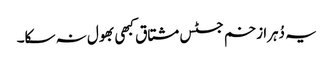
یہ دُہرا زخم جسٹس مشتاق کبھی بھول نہ سکا۔